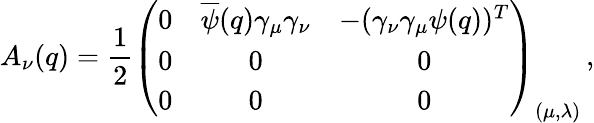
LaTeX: A_{\nu}(q)=\frac{1}{2}\left(\begin{array}{ccc}{{0}}&{{\overline{{\psi}}(q)\gamma_{\mu}\gamma_{\nu}}}&{{-(\gamma_{\nu}\gamma_{\mu}\psi(q))^{T}}}\\ {{0}}&{{0}}&{{0}}\\ {{0}}&{{0}}&{{0}}\end{array}\right)_{(\mu,\lambda)}\, ,